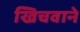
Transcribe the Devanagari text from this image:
खिचवाने